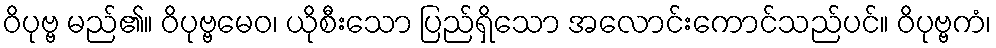
ဝိပုဗ္ဗ မည်၏။ ဝိပုဗ္ဗမေဝ၊ ယိုစီးသော ပြည်ရှိသော အလောင်းကောင်သည်ပင်။ ဝိပုဗ္ဗကံ၊